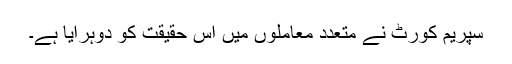
سپریم کورٹ نے متعدد معاملوں میں اس حقیقت کو دوہرایا ہے۔